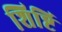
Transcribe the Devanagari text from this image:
शिष्टि